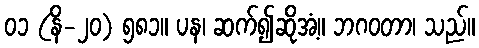
၀၁ (နိ-၂၀) ၅၈၁။ ပန၊ ဆက်၍ဆိုအံ့။ ဘဂဝတာ၊ သည်။